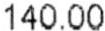
140.00